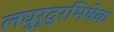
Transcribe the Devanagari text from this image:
लघुरूद्रभिषेक